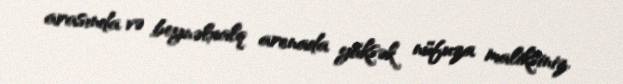
arasında və beynəlxalq arenada yüksək nüfuza maliksiniz.